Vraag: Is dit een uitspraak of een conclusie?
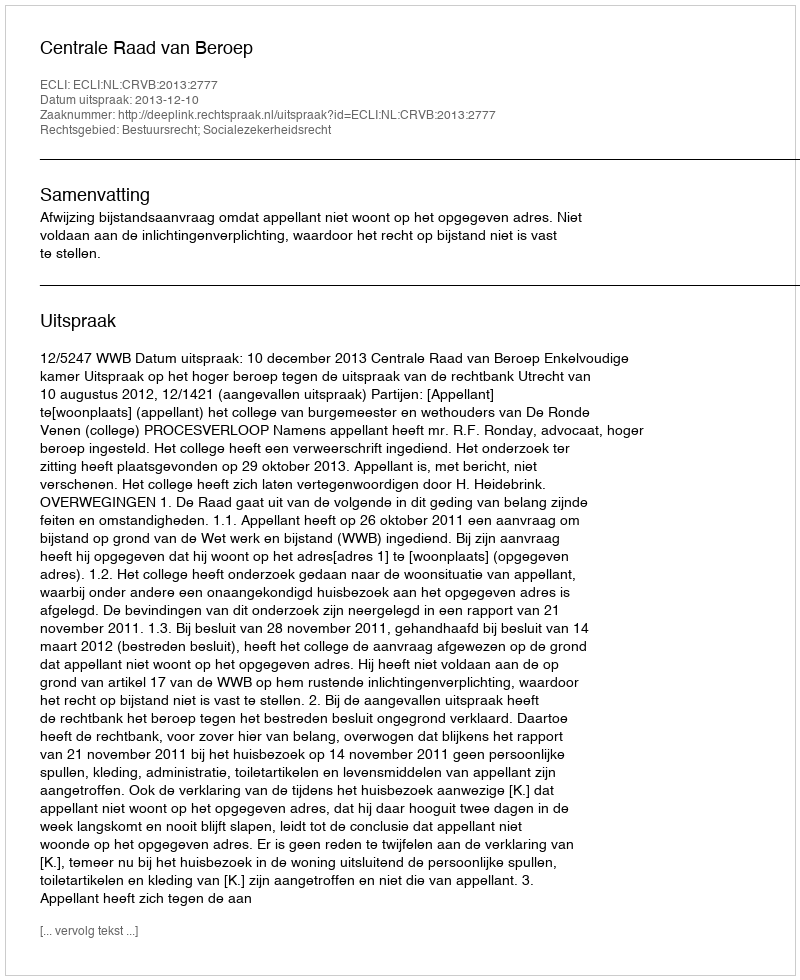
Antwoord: Uitspraak